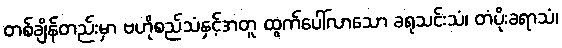
တစ်ချိန်တည်းမှာ ဗဟိုစည်သံနှင့်အတူ ထွက်ပေါ်လာသော ခရုသင်းသံ၊ တံပိုးခရာသံ၊